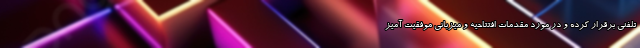
تلفنی برقرار کرده و در مورد مقدمات افتتاحیه و میزبانی موفقیت آمیز